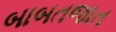
બાબતજાત